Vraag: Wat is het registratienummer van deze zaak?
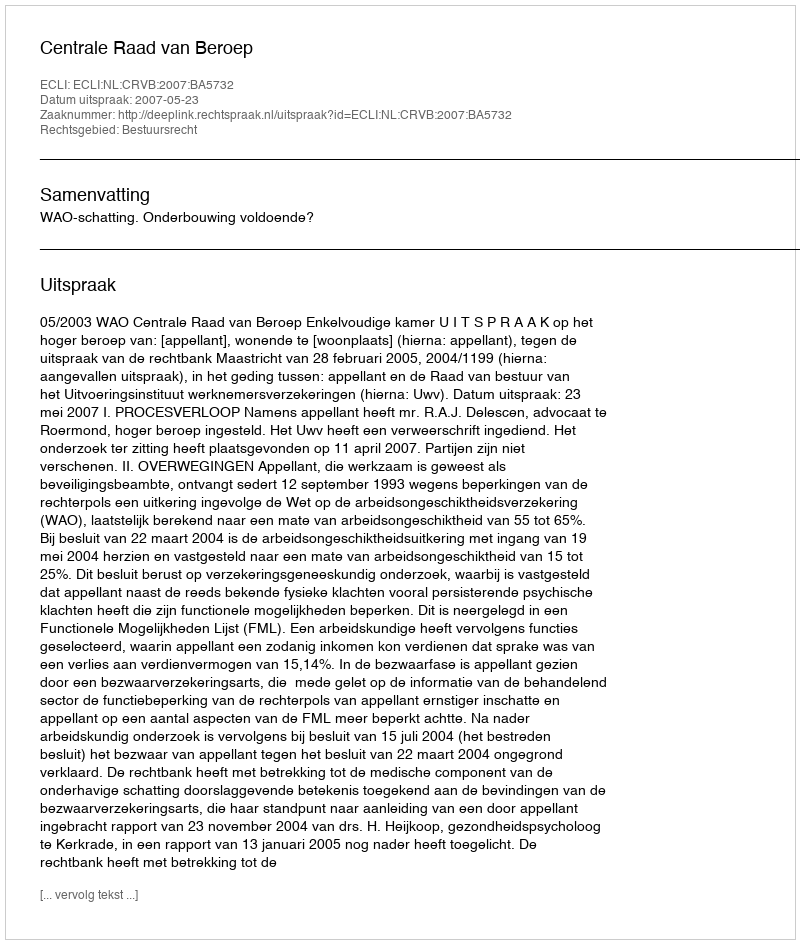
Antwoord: http://deeplink.rechtspraak.nl/uitspraak?id=ECLI:NL:CRVB:2007:BA5732